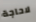
لاحاجة